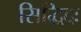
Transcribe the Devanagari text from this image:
सिद्धिदः